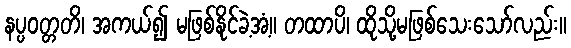
နပ္ပဝတ္တတိ၊ အကယ်၍ မဖြစ်နိုင်ခဲ့အံ့။ တထာပိ၊ ထိုသို့မဖြစ်သေးသော်လည်း။